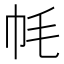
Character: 𫷀